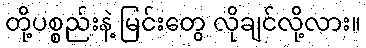
တို့ပစ္စည်းနဲ့ မြင်းတွေ လိုချင်လို့လား။